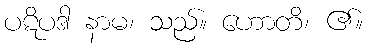
ပဋိပဒါ နာမ၊ သည်။ ဟောတိ၊ ၏။